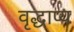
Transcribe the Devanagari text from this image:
वृद्धाप्य